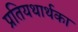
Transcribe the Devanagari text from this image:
प्रतियथार्थका